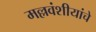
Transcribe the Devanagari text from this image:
मल्लवंशीयांचे